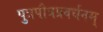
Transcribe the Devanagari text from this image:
पुत्रपौत्रप्रवर्धनम्